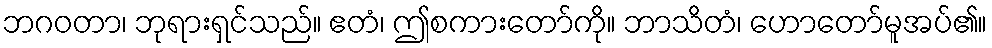
ဘဂဝတာ၊ ဘုရားရှင်သည်။ ဧတံ၊ ဤစကားတော်ကို။ ဘာသိတံ၊ ဟောတော်မူအပ်၏။